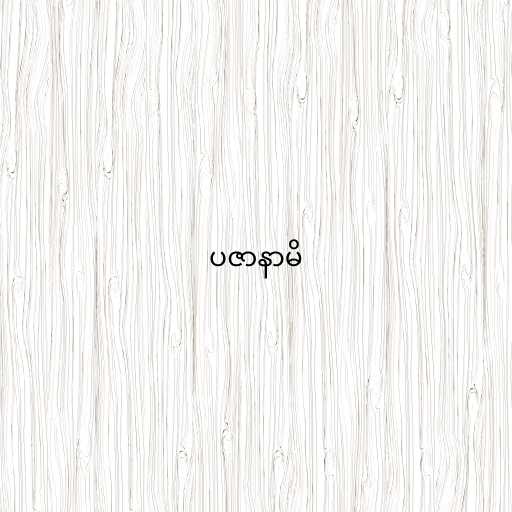
ပဇာနာမိ